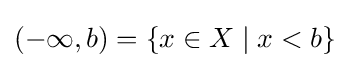
(-\infty ,b)=\{x\in X\mid x<b\}